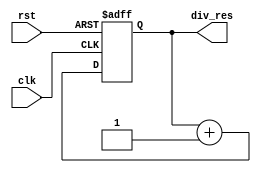
module clkdiv(
    input             clk,
    input             rst, // Active-high
    output reg [31:0] div_res
);
    always @(posedge clk or posedge rst) begin    
        if(rst == 1'b1) begin
            div_res <= 32'b0;
        end 
        else begin
            div_res <= div_res + 32'b1;  // Increase `div_res` by 1
        end
    end

endmodule